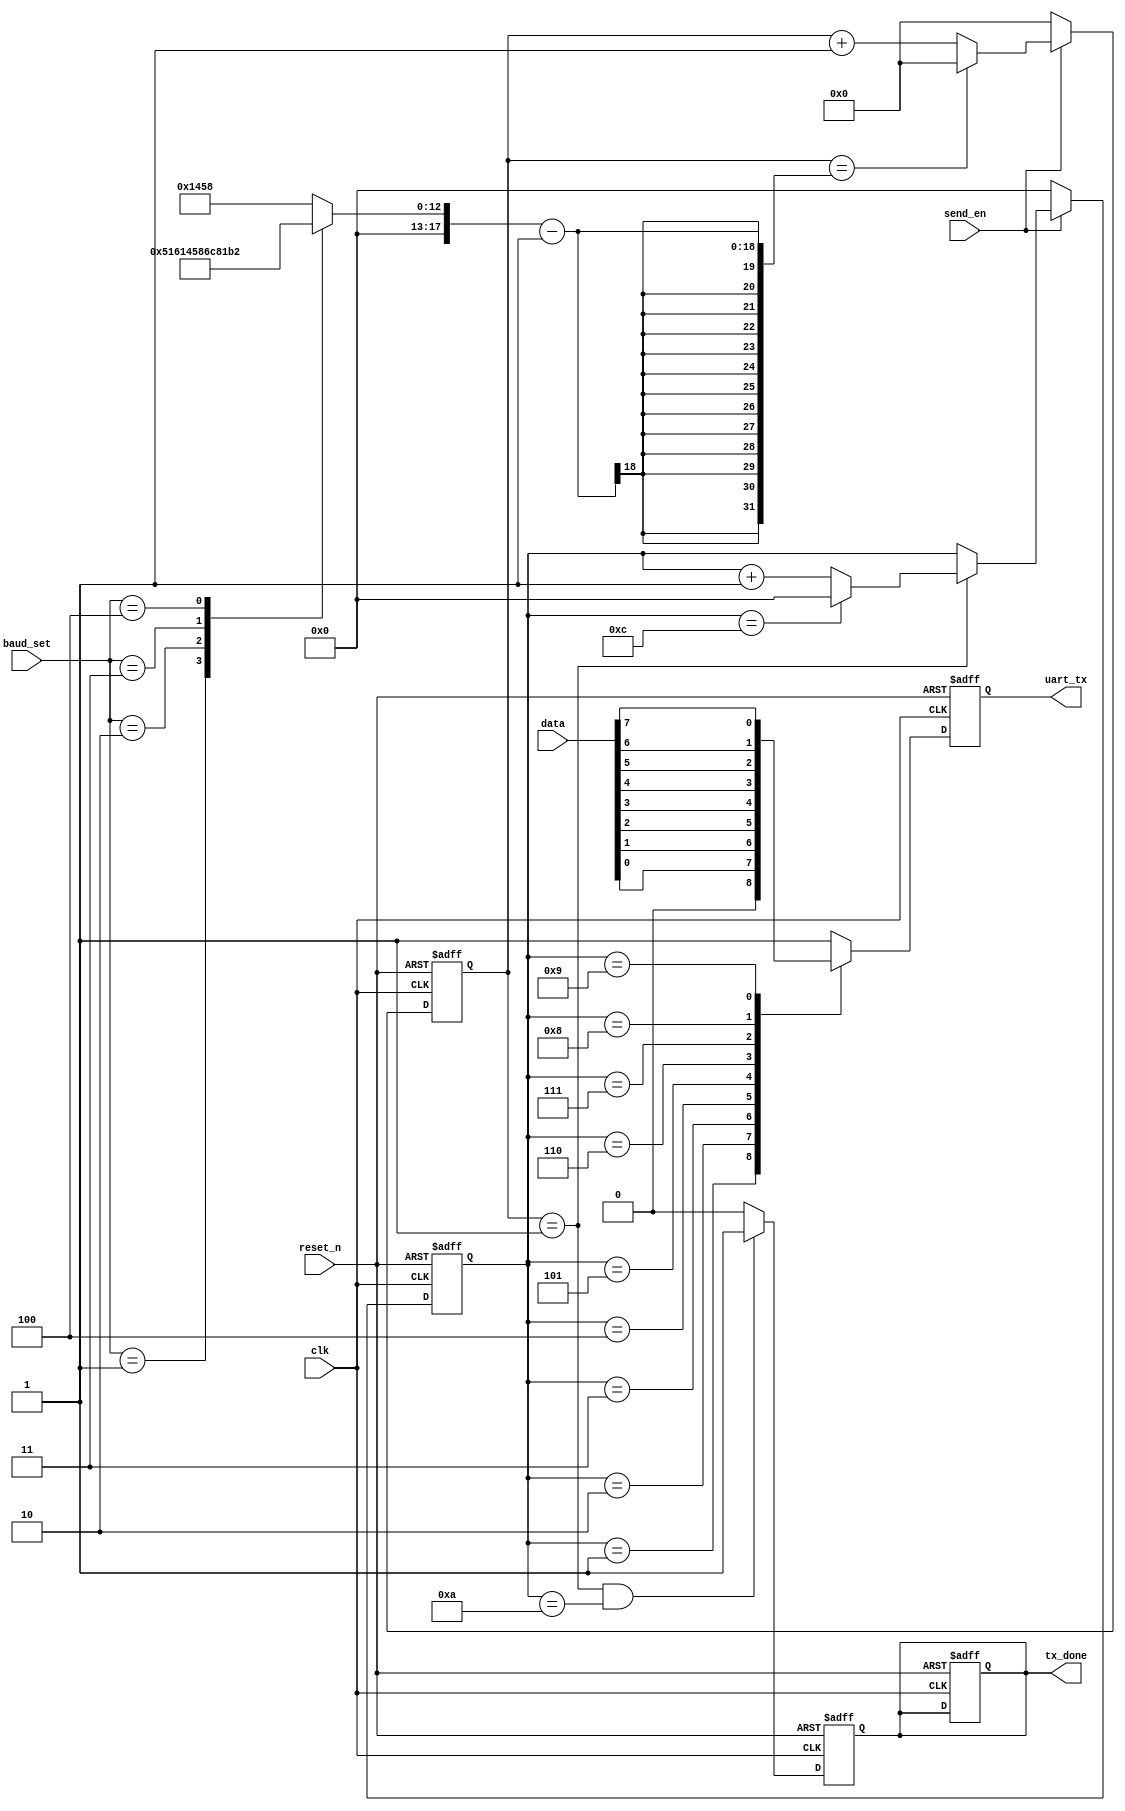
module my_top(
    clk, 
    reset_n,
    data,
    send_en,
    baud_set,  
    uart_tx,
    tx_done
    );


input clk;   
input reset_n;
input [7:0]data;
input send_en;
input [3:0]baud_set;

output reg tx_done;
output reg uart_tx;


//reg send_en; 
reg [4:0]counter;
reg [17:0]counter1;//
reg [17:0]bps_DR;

wire bps_clk;
assign bps_clk = (counter1 == 1);

always@(*)
    case(baud_set)
       0: bps_DR = 1000000000/9600/20;
       1: bps_DR = 1000000000/19200/20;
       2: bps_DR = 1000000000/38400/20;
       3: bps_DR = 1000000000/57600/20;
       4: bps_DR = 1000000000/115200/20;
      default: bps_DR = 1000000000/9600/20;
    endcase      

always@(posedge clk or negedge reset_n)
    if(!reset_n)
        counter1 <= 0;
    else if(send_en) begin       
        if(counter1 == bps_DR - 1 )    
            counter1 <= 0;
        else 
             counter1 <= counter1 + 1'b1;  
     end  
    else
        counter1 <= 0;
     
//    
always@(posedge clk or negedge reset_n)
    if(!reset_n)
        counter <= 0; 
        
    else if(send_en) begin
        if(bps_clk)begin
             if(counter == 12 )
                counter <= 0;
             else 
                counter <= counter + 1'b1;   
             end 
     end
     else
        counter = 0;
        
 //counter = bsp_cnt
 //counter div_cnt
    
//    
 always@(posedge clk or negedge reset_n)
    if(!reset_n)begin
        tx_done = 0;
        uart_tx = 1;
        end
     else  begin        
        case(counter) 
           1:uart_tx = 0;
           2: uart_tx = data[0];
           3: uart_tx = data[1];
           4: uart_tx = data[2];
           5: uart_tx = data[3];
           6: uart_tx = data[4];
           7: uart_tx = data[5];
           8: uart_tx = data[6];
           9: uart_tx = data[7];
           10: uart_tx = 1; 
           11: uart_tx = 1;
           default:uart_tx = 1;      
        endcase  
           end
    
 always@(posedge clk or negedge reset_n)
    if(!reset_n)
        tx_done = 0;
    else if((bps_clk == 1) && (counter == 10))
        tx_done <= 1;
    else 
         tx_done = 0;       
endmodule